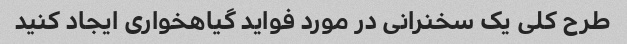
طرح کلی یک سخنرانی در مورد فواید گیاهخواری ایجاد کنید